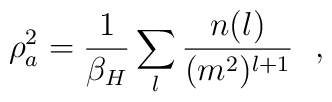
\rho_a^2= {1\over  \beta_H}\sum_l {n(l)\over (m^2)^{l+1}}~~,